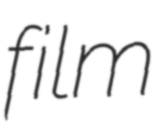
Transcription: film